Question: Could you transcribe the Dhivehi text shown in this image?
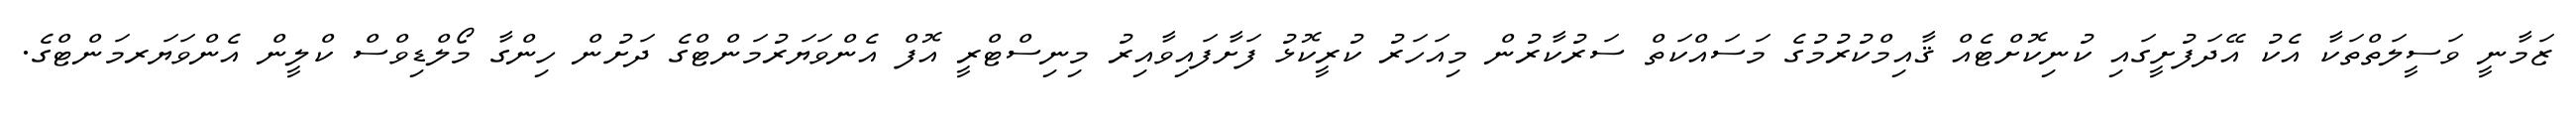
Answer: ޒަމާނީ ވަސީލަތްތަކާ އެކު އޭދަފުށީގައި ކުނިކޮށްޓެއް ޤާއިމްކުރުމުގެ މަސައްކަތް ސަރުކާރުން މިއަހަރު ކުރީކޮޅު ފަށާފައިވާއިރު މިނިސްޓްރީ އޮފް އެންވަޔަރުމަންޓްގެ ދަށުން ހިންގާ މޯލްޑިވްސް ކްލީން އެންވަޔަރމަންޓްގެ.